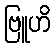
ဗြူဟိ